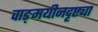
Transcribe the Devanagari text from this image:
वाङ्‌मयीनदृष्ट्या